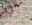
رده